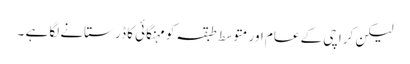
لیکن کراچی کے عام اور متوسط طبقہ کو مہنگائی کا ڈر ستانے لگا ہے ۔